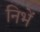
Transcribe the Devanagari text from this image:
निभें